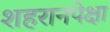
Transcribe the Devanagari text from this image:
शहरानपेक्षा